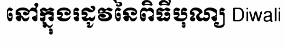
នៅក្នុងរដូវនៃពិធីបុណ្យ Diwali